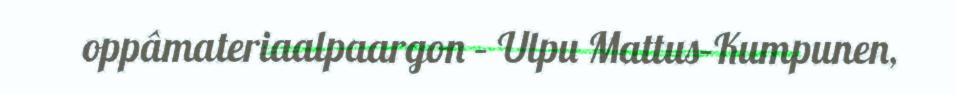
oppâmateriaalpaargon – Ulpu Mattus–Kumpunen,